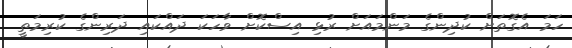
ހަމަ އެގޮތަށް ކުދިންގެ މަންމައަށް ރުޅި އިސްކޮށް ވާހަކަ ދައްކައި ދަރިންގެ ކުރިމަތީ